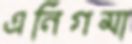
এনিগমা